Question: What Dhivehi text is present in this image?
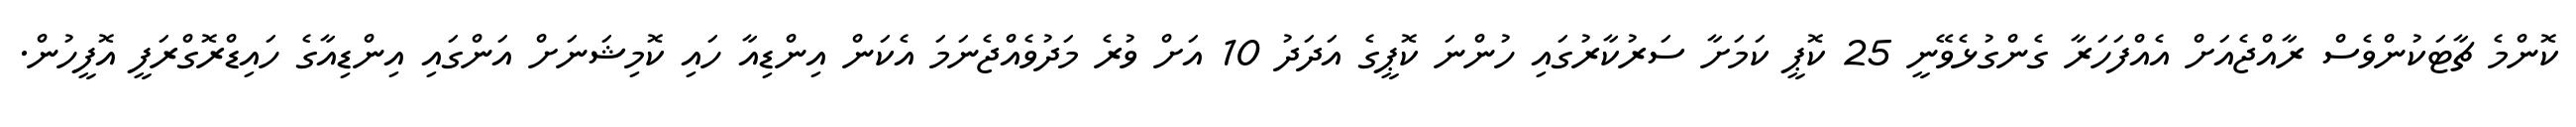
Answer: ކޮންމެ ޗާޓަކުންވެސް ރާއްޖެއަށް އެއްފަހަރާ ގެންގުޅެވޭނީ 25 ކޮޕީ ކަމަށާ ސަރުކާރުގައި ހުންނަ ކޮޕީގެ އަދަދު 10 އަށް ވުރެ މަދުވެއްޖެނަމަ އެކަން އިންޑިއާ ހައި ކޮމިޝަނަށް އަންގައި އިންޑިއާގެ ހައިޑްރޮގްރަފީ އޮފީހުން.